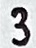
Text: 3